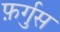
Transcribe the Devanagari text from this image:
फ़र्गुस